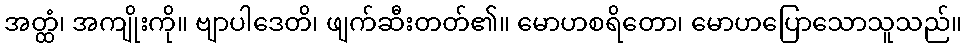
အတ္ထံ၊ အကျိုးကို။ ဗျာပါဒေတိ၊ ဖျက်ဆီးတတ်၏။ မောဟစရိတော၊ မောဟပြောသောသူသည်။